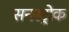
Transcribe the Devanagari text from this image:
सनस्ट्रोक